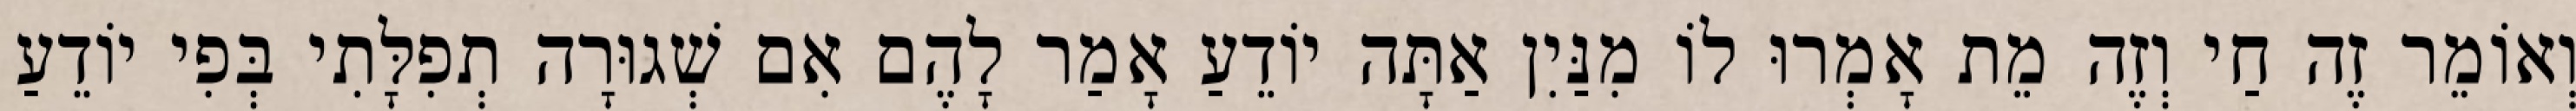
וְאוֹמֵר זֶה חַי וְזֶה מֵת אָמְרוּ לוֹ מִנַּיִן אַתָּה יוֹדֵעַ אָמַר לָהֶם אִם שְׁגוּרָה תְפִלָּתִי בְּפִי יוֹדֵעַ